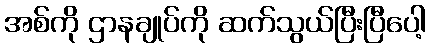
အစ်ကို ဌာနချုပ်ကို ဆက်သွယ်ပြီးပြီပေါ့